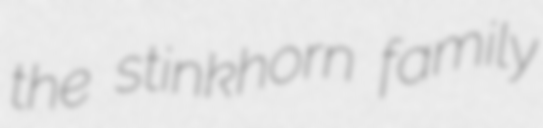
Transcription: the stinkhorn family